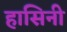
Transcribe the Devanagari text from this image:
हासिनी